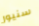
سنيور